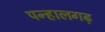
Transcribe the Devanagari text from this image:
पन्हालगढ़